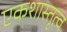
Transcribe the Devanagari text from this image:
एकशास्तृत्व